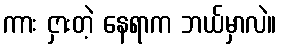
ကား ငှားတဲ့ နေရာက ဘယ်မှာလဲ။